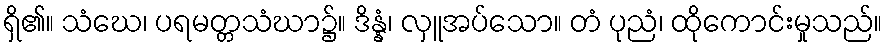
ရှိ၏။ သံဃေ၊ ပရမတ္တသံဃာ၌။ ဒိန္နံ၊ လှူအပ်သော။ တံ ပုညံ၊ ထိုကောင်းမှုသည်။